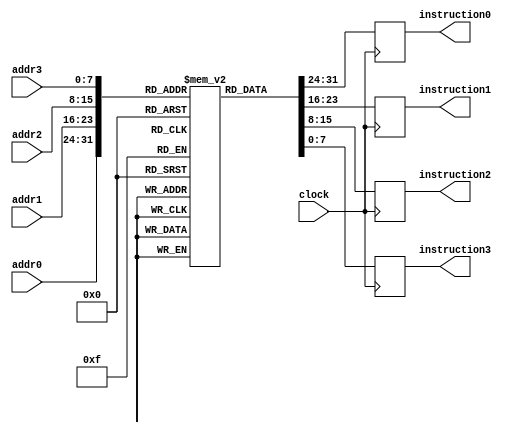
module instruction_memory_mod(
input clock,
input [7:0] addr0,addr1,addr2,addr3,
output reg [7:0] instruction0,instruction1,instruction2,instruction3 );

reg [7:0] ram [255:0];

parameter EN0 =8'd3;
parameter EN1 =8'd4;
parameter EN2 =8'd5;
parameter EN3 =8'd6;
parameter ENALL =8'd7;
parameter RSTALL =8'd8;
parameter LODAC =8'd9;
parameter MACCI =8'd11;
parameter MACCJ =8'd12;
parameter MACCK =8'd13;
parameter MVSKR =8'd14;
parameter MVSIR =8'd15;
parameter MVSJR =8'd16;
parameter MCIAC =8'd17;
parameter MCJAC =8'd18;
parameter MCKAC =8'd19;
parameter MAAAR =8'd20;
parameter MVACR =8'd21;
parameter MABAR =8'd22;
parameter MTACR =8'd23;
parameter MACTA =8'd24;
parameter MVRAC =8'd25;
parameter MADAR =8'd26;
parameter STOAC =8'd27;
parameter RSTAC =8'd28;
parameter RSTSJ =8'd29;
parameter RSTSK =8'd30;
parameter INCSI =8'd31;
parameter INCSJ =8'd32;
parameter INCSK =8'd33;
parameter SUBTR =8'd34;
parameter MULTI =8'd35;
parameter ADDIT =8'd36;
parameter END =8'd38;
parameter JUMNZ =8'd40;

initial begin
ram[0]=RSTALL;
ram[1]=LODAC;
ram[2]=MACCI;
ram[3]=LODAC;
ram[4]=MACCJ;
ram[5]=LODAC;
ram[6]=MACCK;

ram[7]=EN1;
ram[8]=INCSI;
ram[9]=MVSIR;
ram[10]=MCIAC;
ram[11]=SUBTR;
ram[12]=END;

ram[13]=EN2;
ram[14]=INCSI;
ram[15]=INCSI;
ram[16]=MVSIR;
ram[17]=MCIAC;
ram[18]=SUBTR;
ram[19]=END;

ram[20]=EN3;
ram[21]=INCSI;
ram[22]=INCSI;
ram[23]=INCSI;
ram[24]=MVSIR;
ram[25]=MCIAC;
ram[26]=SUBTR;
ram[27]=END;

ram[28]=EN0;
ram[29]=MAAAR;
ram[30]=LODAC;
ram[31]=MVACR;
ram[32]=MABAR;
ram[33]=LODAC;

ram[34]=EN1;
ram[35]=MAAAR;
ram[36]=LODAC;
ram[37]=MVACR;
ram[38]=MABAR;
ram[39]=LODAC;

ram[40]=EN2;
ram[41]=MAAAR;
ram[42]=LODAC;
ram[43]=MVACR;
ram[44]=MABAR;
ram[45]=LODAC;

ram[46]=EN3;
ram[47]=MAAAR;
ram[48]=LODAC;
ram[49]=MVACR;
ram[50]=MABAR;
ram[51]=LODAC;

ram[52]=ENALL;
ram[53]=MULTI;
ram[54]=MTACR;
ram[55]=ADDIT;
ram[56]=MACTA;

ram[57]=INCSJ;
ram[58]=MVSJR;
ram[59]=MCJAC;
ram[60]=SUBTR;
ram[61]=JUMNZ;
ram[62]=8'd28;

ram[63]=MTACR;
ram[64]=MVRAC;
ram[65]=MADAR;
ram[66]=STOAC;

ram[67]=RSTAC;
ram[68]=MACTA;
ram[69]=INCSK;
ram[70]=RSTSJ;
ram[71]=MVSKR;
ram[72]=MCKAC;
ram[73]=SUBTR;
ram[74]=JUMNZ;
ram[75]=8'd28;

ram[76]=ENALL;
ram[77]=INCSI;
ram[78]=INCSI;
ram[79]=INCSI;
ram[80]=INCSI;
ram[81]=MVSIR;
ram[82]=MCIAC;
ram[83]=SUBTR;
ram[84]=END;

ram[85]=RSTSJ;
ram[86]=RSTSK;
ram[87]=JUMNZ;
ram[88]=8'd28;

end


always @(posedge clock) 
begin
        instruction0 <= ram[addr0];
        instruction1 <= ram[addr1];
        instruction2 <= ram[addr2];
        instruction3 <= ram[addr3];
end
endmodule